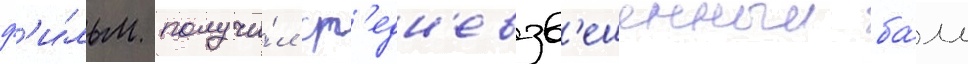
ф'и́льм получи́л ср'едн'евзв'ешенныи ба́лл